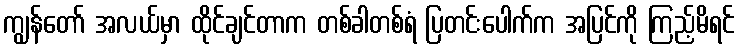
ကျွန်တော် အလယ်မှာ ထိုင်ချင်တာက တစ်ခါတစ်ရံ ပြတင်းပေါက်က အပြင်ကို ကြည့်မိရင်